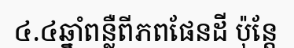
៤.៤ឆ្នាំពន្លឺពីភពផែនដី ប៉ុន្តែ